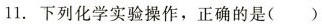
11.下列化学实验操作，正确的是( )